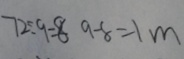
7 2 \div 9 = 8 9 - 8 = 1 m